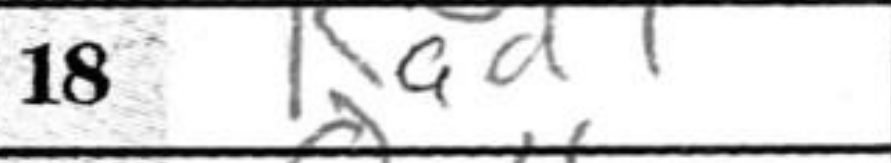
Transcription: Rad1